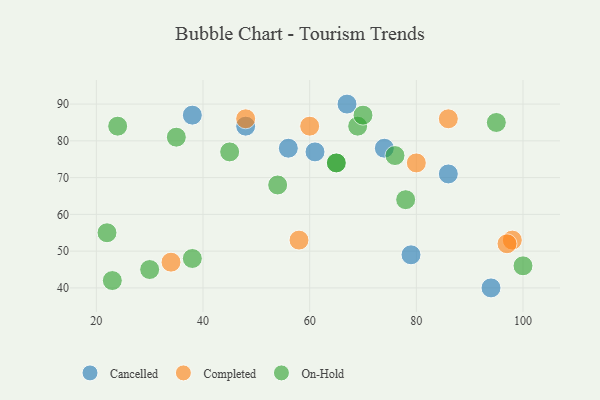
{"axis": {"x": "GDP", "y": "Life Expectancy"}, "legend": ["Cancelled", "Completed", "On-Hold"], "data": [{"x": "38", "y": 87, "type": "Cancelled"}, {"x": "79", "y": 49, "type": "Cancelled"}, {"x": "67", "y": 90, "type": "Cancelled"}, {"x": "61", "y": 77, "type": "Cancelled"}, {"x": "74", "y": 78, "type": "Cancelled"}, {"x": "48", "y": 84, "type": "Cancelled"}, {"x": "94", "y": 40, "type": "Cancelled"}, {"x": "56", "y": 78, "type": "Cancelled"}, {"x": "86", "y": 71, "type": "Cancelled"}, {"x": "48", "y": 86, "type": "Completed"}, {"x": "34", "y": 47, "type": "Completed"}, {"x": "86", "y": 86, "type": "Completed"}, {"x": "60", "y": 84, "type": "Completed"}, {"x": "98", "y": 53, "type": "Completed"}, {"x": "97", "y": 52, "type": "Completed"}, {"x": "80", "y": 74, "type": "Completed"}, {"x": "58", "y": 53, "type": "Completed"}, {"x": "65", "y": 74, "type": "On-Hold"}, {"x": "22", "y": 55, "type": "On-Hold"}, {"x": "24", "y": 84, "type": "On-Hold"}, {"x": "35", "y": 81, "type": "On-Hold"}, {"x": "65", "y": 74, "type": "On-Hold"}, {"x": "78", "y": 64, "type": "On-Hold"}, {"x": "54", "y": 68, "type": "On-Hold"}, {"x": "45", "y": 77, "type": "On-Hold"}, {"x": "69", "y": 84, "type": "On-Hold"}, {"x": "30", "y": 45, "type": "On-Hold"}, {"x": "23", "y": 42, "type": "On-Hold"}, {"x": "76", "y": 76, "type": "On-Hold"}, {"x": "100", "y": 46, "type": "On-Hold"}, {"x": "38", "y": 48, "type": "On-Hold"}, {"x": "70", "y": 87, "type": "On-Hold"}, {"x": "95", "y": 85, "type": "On-Hold"}]}